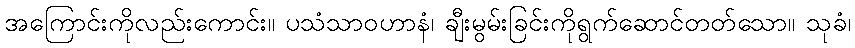
အကြောင်းကိုလည်းကောင်း။ ပသံသာဝဟာနံ၊ ချီးမွမ်းခြင်းကိုရွက်ဆောင်တတ်သော။ သုခံ၊